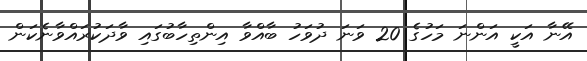
އޭނާ އަކީ އަންނަ މަހުގެ 20 ވަނަ ދުވަހު ބާއްވާ އިންތިހާބުގައި ވާދަކުރައްވާނެކަން